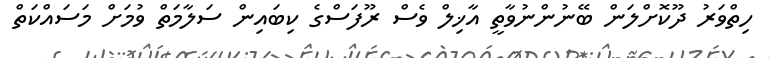
ހިތްވަރު ދޫކޮށްލަން ބޭނުންނުވާތީ އާޚިލް ވެސް ރޫފަސްގެ ކިބައިން ސަލާމަތް ވުމަށް މަސައްކަތް